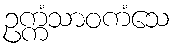
ဥက္ကံသာဝကံသေ